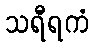
သရီရကံ